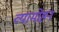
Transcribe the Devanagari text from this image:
व्यामोहन